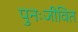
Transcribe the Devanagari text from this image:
पुनःजीवित